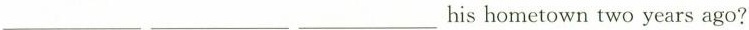
___ ___ ___ his hometown two years ago?